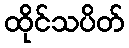
ထိုင်သပိတ်